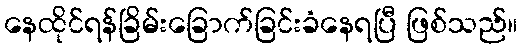
နေထိုင်ရန်ခြိမ်းခြောက်ခြင်းခံနေရပြီ ဖြစ်သည်။